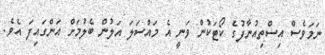
ނަމަވެސް އިސްތިއުނާފުގެ ކޯޓަކުން ވަނީ އެ މައްސަލަ އަލުން ބެލުމަށް އަންގައިފަ އެވެ.